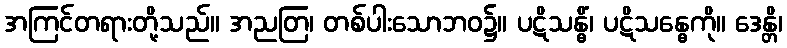
အကြင်တရားတို့သည်။ အညတြ၊ တစ်ပါးသောဘဝ၌။ ပဋိသန္ဓိံ၊ ပဋိသန္ဓေကို။ ဒေန္တိ၊